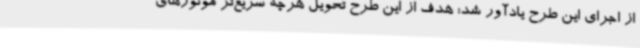
از اجرای این طرح یادآور شد: هدف از این طرح تحویل هرچه سریع‌تر موتورهای